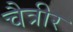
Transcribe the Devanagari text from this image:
चैत्रीर